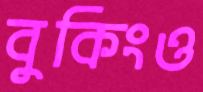
বুকিংও